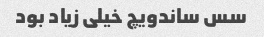
سس ساندویچ خیلی زیاد بود